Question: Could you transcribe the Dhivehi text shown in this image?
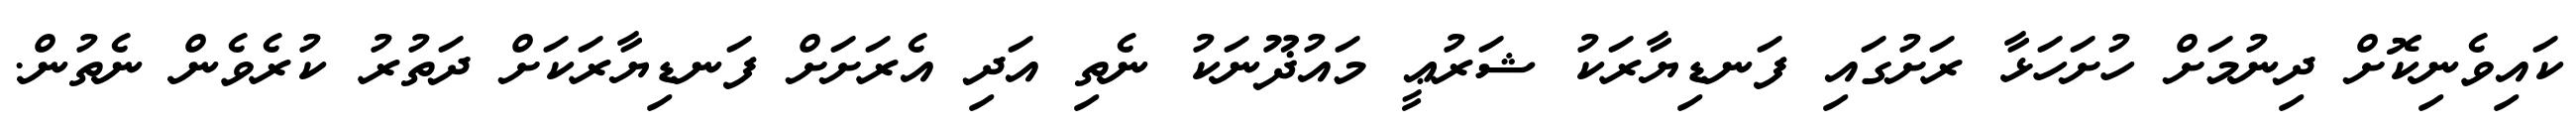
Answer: ކައިވެނިކޮށް ދިނުމަށް ހުށަހަޅާ ރަށުގައި ފަނޑިޔާރަކު ޝަރުޢީ މައުޛޫނަކު ނެތި އަދި އެރަށަށް ފަނޑިޔާރަކަށް ދަތުރު ކުރެވެން ނެތުން.